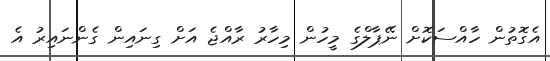
އެގޮތުން ހާއްސަކޮށް ނޭޕާލްގެ މީހުން މިހާރު ރާއްޖެ އަށް ގިނައިން ގެންނައިރު އެ